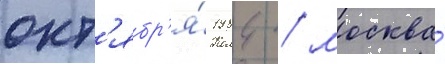
окт'ябр'я́ 1984 / москва́